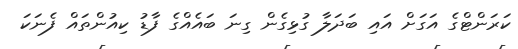
ކަރަންޓްގެ އަގަށް އައި ބަދަލާ ގުޅިގެން ގިނަ ބައެއްގެ ފާޑު ކިއުންތައް ފެނަކަ